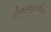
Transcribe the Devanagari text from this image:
टोनाल्पोह्युआलीच्या